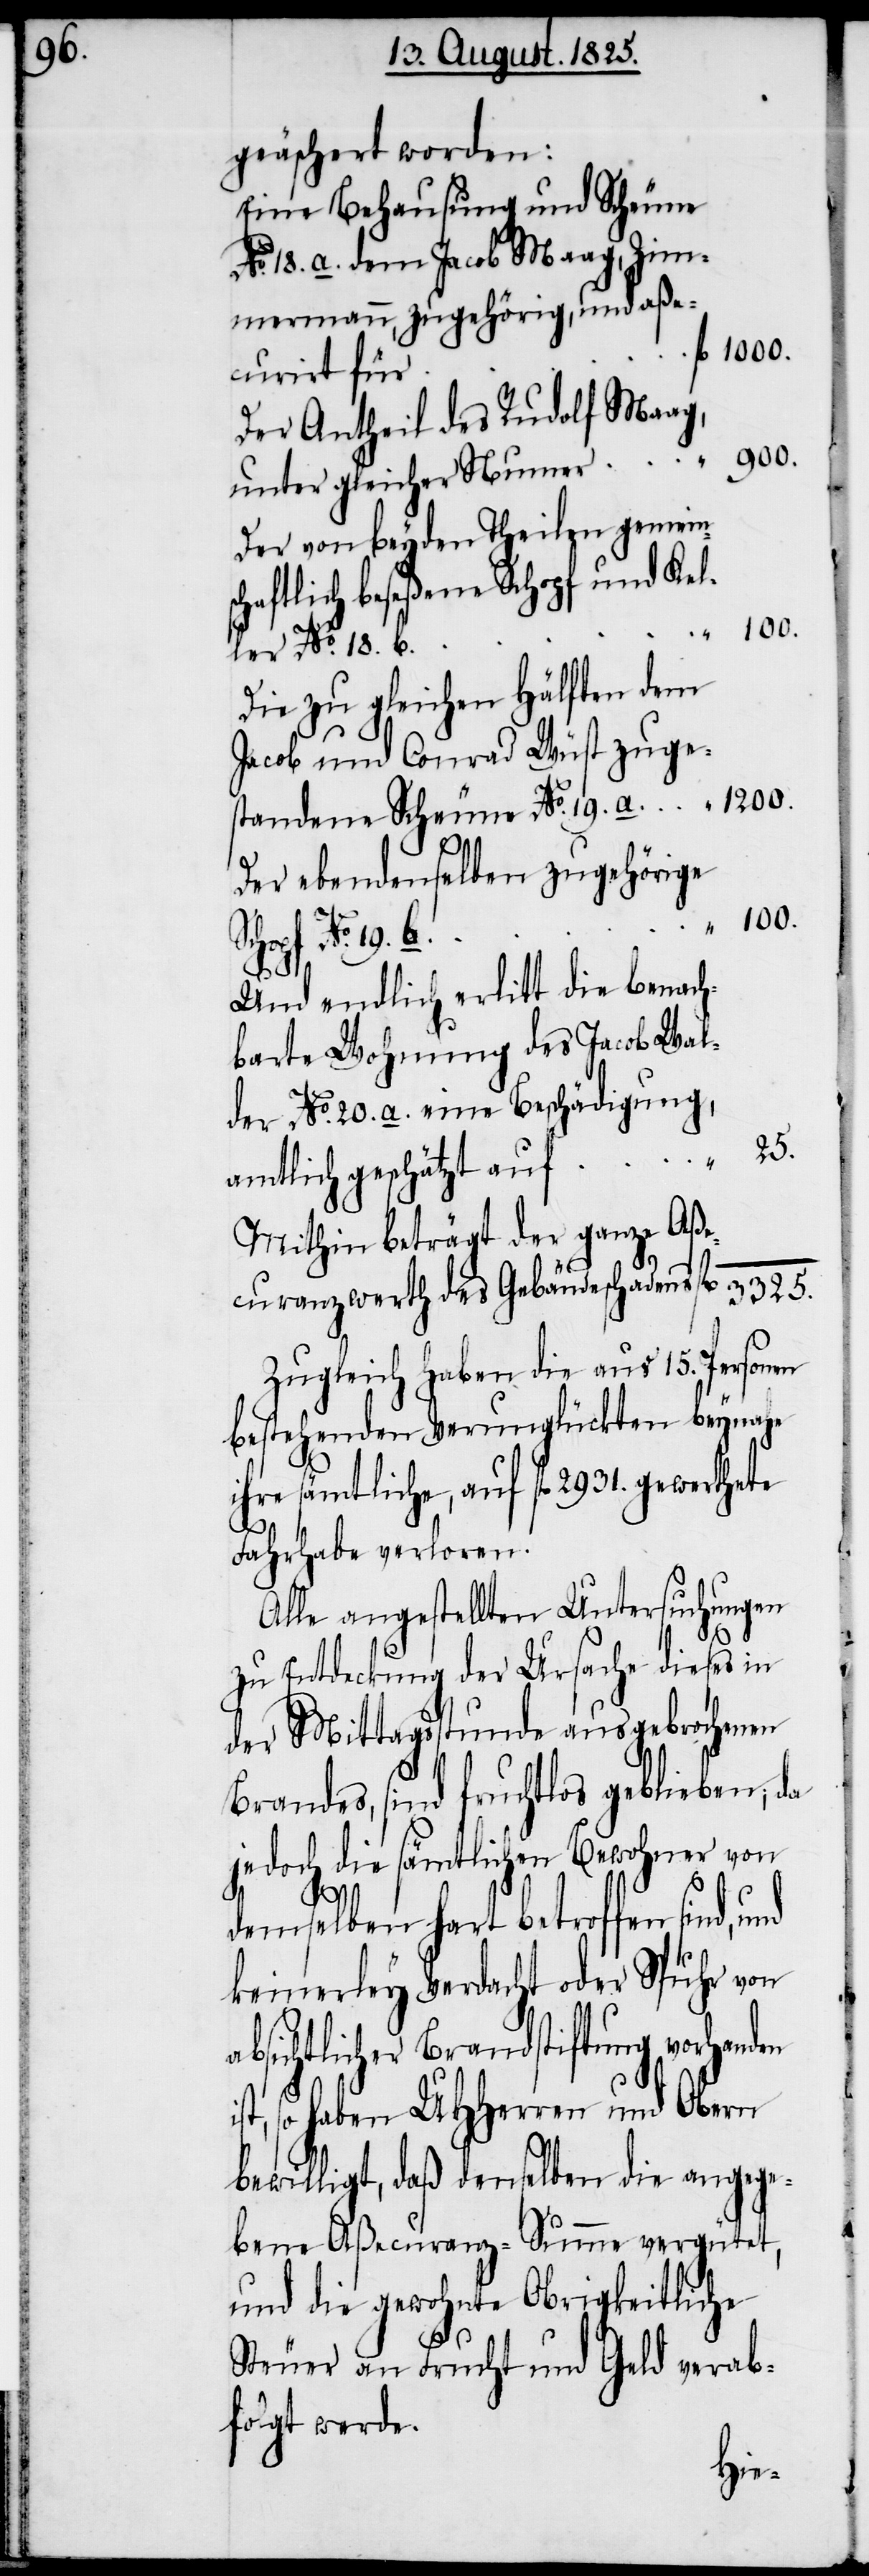
geäschert worden:
Eine Behausung und Scheune
No. 18. a. dem Jacob Maag, Zim¬
Der Antheil des Rudolf Maag,
unter gleicher Nummer	“	900.
Der von beyden Theilen gemein¬
ler No. 18.
Die zu gleichen Hälften dem
Jacob und Conrad Wüst
standene Scheune No. 19. a. 	“	1200.
Der ebendenselben zugehörige
Schopf No.
Und endlich erlitt die benach¬
barte Wohnung des Jacob
der No. 20. a. eine Beschädigung,
amtlich geschätzt auf	“	25.
Mithin beträgt der ganze Aße¬
curanzwerth des Gebäudeschadens	fl	3325.
Zugleich haben die aus 15. Personen
bestehenden Verunglückten beynahe
ihr sämtliche, auf fl 2931. gewerthete
Fahrhabe verloren.
Alle angestellten Untersuchungen
zu Entdeckung der Ursache dieses in
der Mittagsstunde ausgebrochenen
Brandes, sind fruchtlos geblieben, da
jedoch die sämtlichen Bewohner von
demselben hart betroffen sind,
keinerley Verdacht oder Spuhr von
absichtlicher Brandstiftung vorhanden
st, so haben UHherren und Obern
bewilligt, daß denselben die angege¬
bene Aßecuranz-Summe vergütet,
und die gewohnte Obrigkeitliche
i¬
Steuer an Frucht und Geld verab¬
folgt werde.
Wal¬